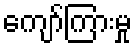
ကျော်ကြားမှု